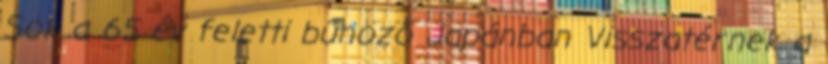
Sok a 65 év feletti bűnöző Japánban Visszatérnek a